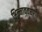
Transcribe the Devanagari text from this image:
भिन्नावतरणों